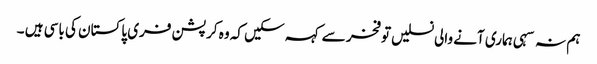
ہم نہ سہی ہماری آنے والی نسلیں توفخر سے کہہ سکیں کہ وہ کرپشن فری پاکستان کی باسی ہیں ۔